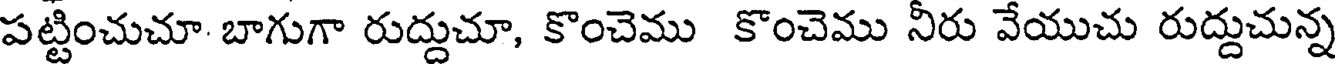
పట్టించుచూ బాగుగా రుద్దుచూ, కొంచెము కొంచెము నీరు వేయుచు రుద్దుచున్న